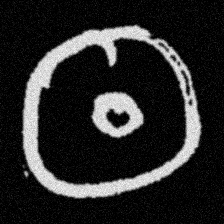
Pyu character \u2014 Myanmar letter: ထ (romanized: tha)